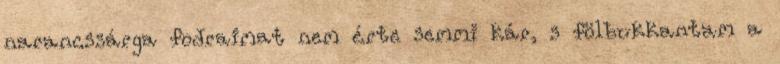
narancssárga fodraimat nem érte semmi kár, s fölbukkantam a